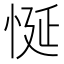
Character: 𢚀